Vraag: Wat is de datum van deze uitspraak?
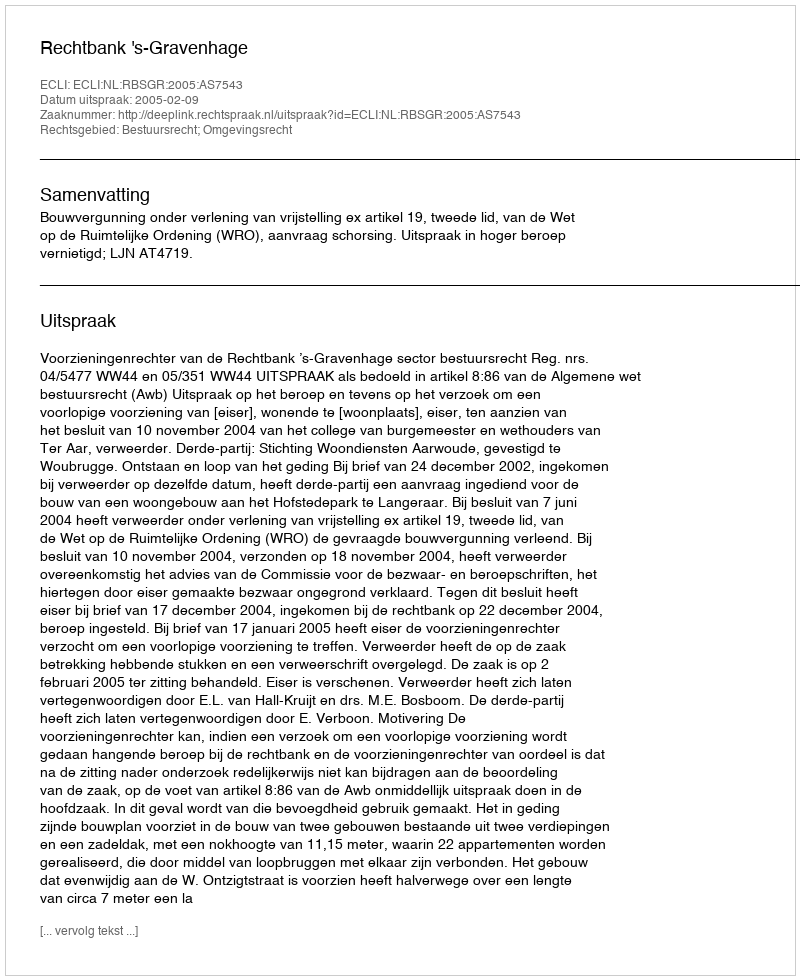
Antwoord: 2005-02-09